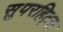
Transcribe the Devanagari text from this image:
सुपरहिट्स